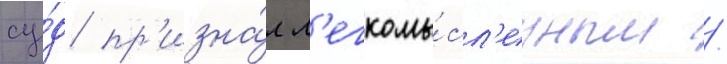
су́д пр'изна́л л'егкомы́сл'енным /